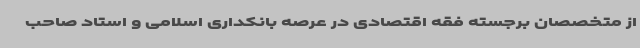
از متخصصان برجسته فقه اقتصادی در عرصه بانکداری اسلامی و استاد صاحب